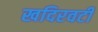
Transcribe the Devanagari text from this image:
खदिरवटी